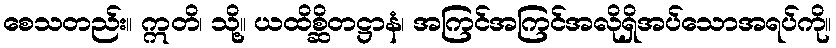
စေသတည်း။ ဣတိ၊ သို့။ ယထိစ္ဆိတဋ္ဌာနံ၊ အကြင်အကြင်အလိုရှိအပ်သောအရပ်ကို။